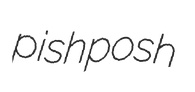
pishposh